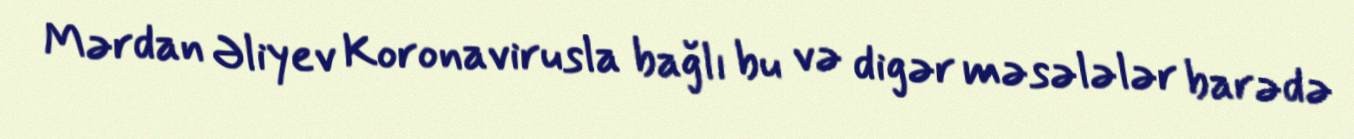
Mərdan Əliyev Koronavirusla bağlı bu və digər məsələlər barədə